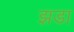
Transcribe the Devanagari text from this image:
झडा